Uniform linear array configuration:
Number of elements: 64
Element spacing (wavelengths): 0.25
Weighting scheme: binomial
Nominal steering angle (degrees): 0
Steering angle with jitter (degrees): -1.714
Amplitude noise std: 0.05
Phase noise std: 0.05

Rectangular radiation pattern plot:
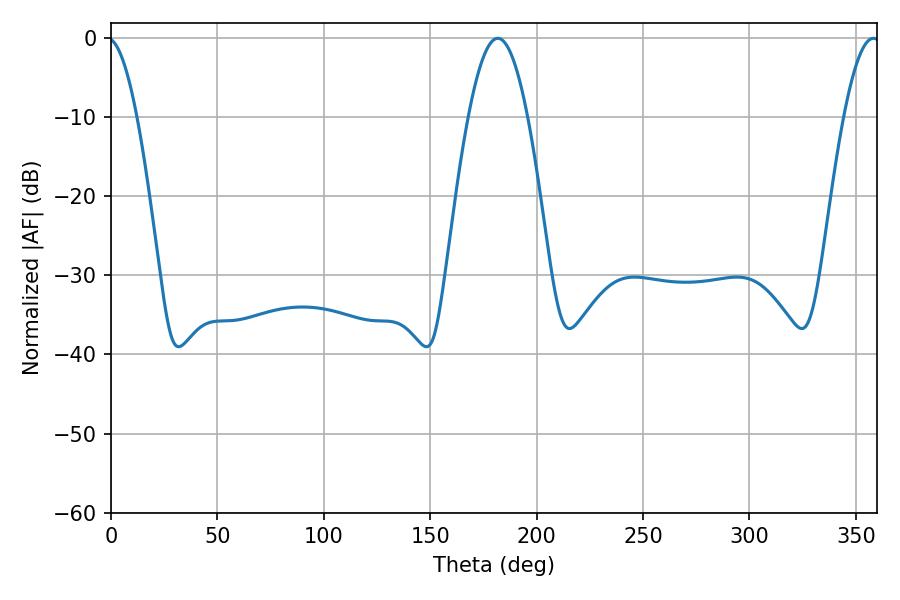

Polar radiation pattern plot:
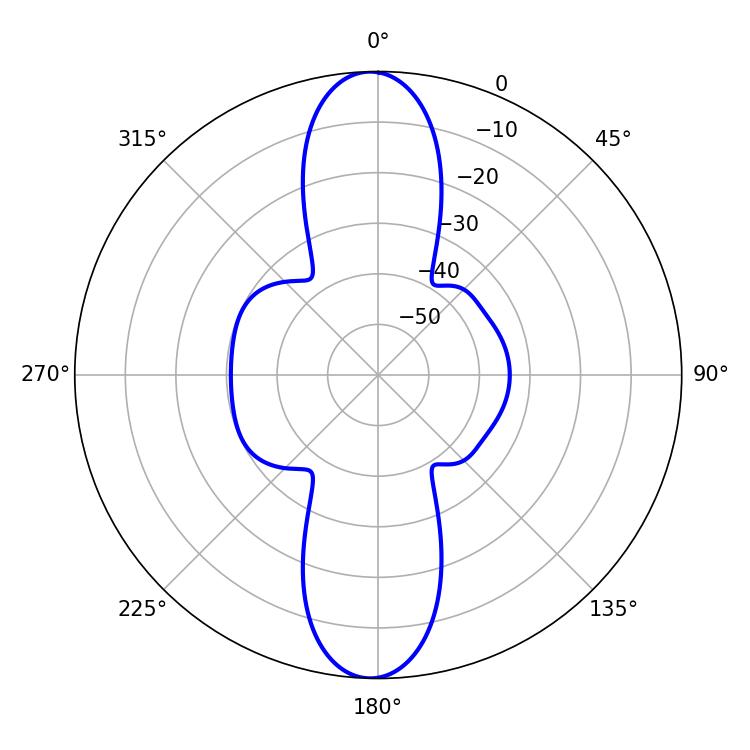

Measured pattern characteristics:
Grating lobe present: FALSE
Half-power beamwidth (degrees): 15.12
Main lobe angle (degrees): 181.8